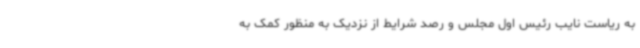
به ریاست نایب رئیس اول مجلس و رصد شرایط از نزدیک به منظور کمک به